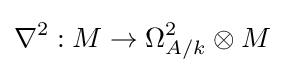
\nabla ^{2}:M\to \Omega _{A/k}^{2}\otimes M